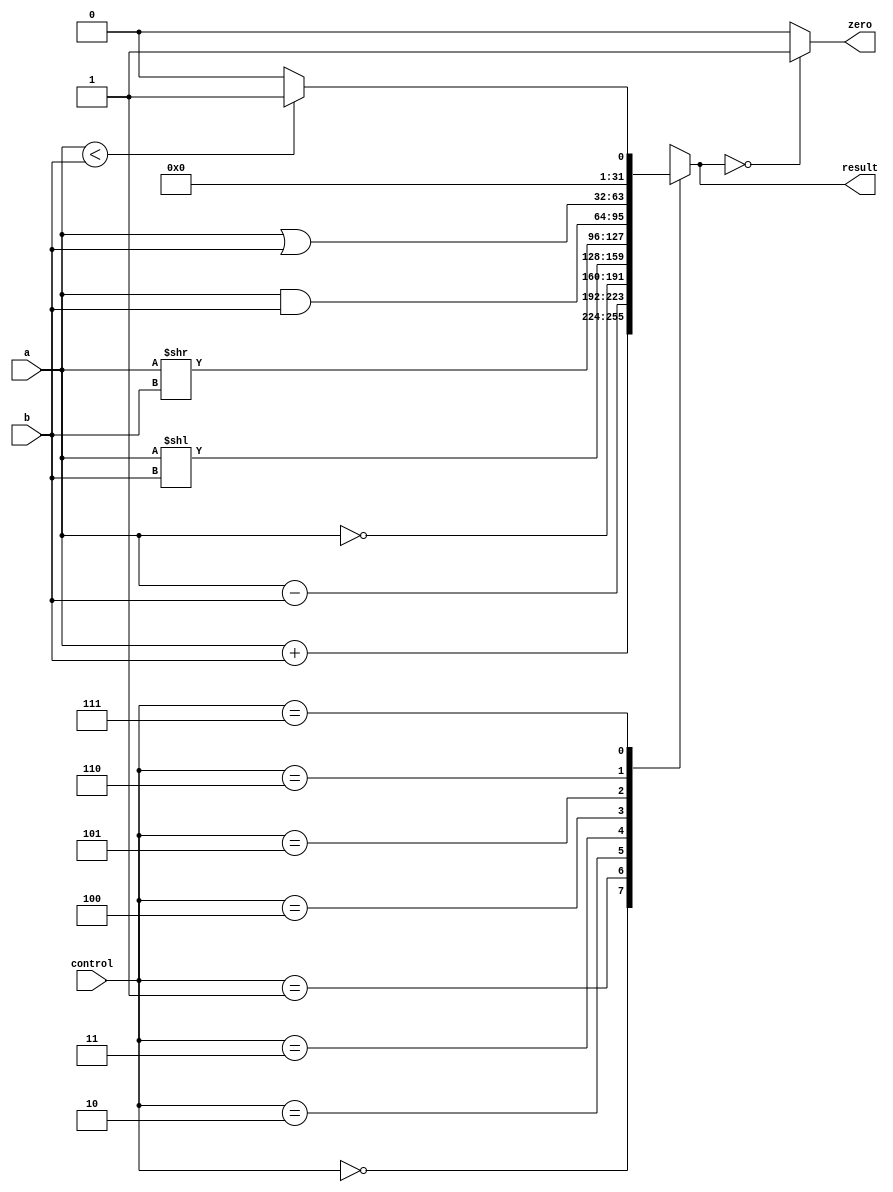
module alu(
 input  [31:0] a, 
 input  [31:0] b,
 input  [2:0] control,
 output reg [31:0] result, 
 output zero
    );

always @(*)
begin 
 case(control)
 3'b000: result = a + b; 
 3'b001: result = a - b; 
 3'b010: result = ~a;
 3'b011: result = a<<b;
 3'b100: result = a>>b;
 3'b101: result = a & b; 
 3'b110: result = a | b;
 3'b111: begin if (a<b) result = 32'd1;
    else result = 32'd0;
    end
 default:result = a + b;
 endcase
end
assign zero = (result==32'd0) ? 1'b1: 1'b0;
 
endmodule